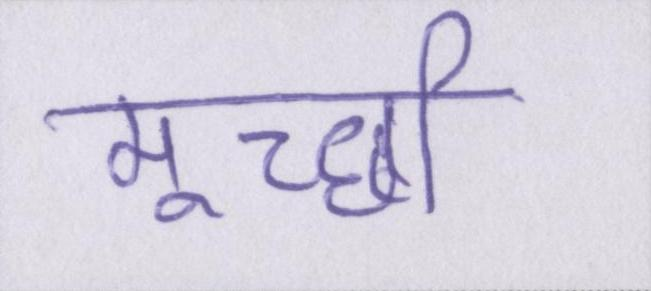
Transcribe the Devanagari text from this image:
मूर्च्छा